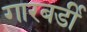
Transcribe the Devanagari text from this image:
गारबर्डी